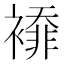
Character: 䙣